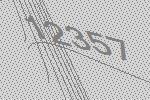
12357